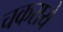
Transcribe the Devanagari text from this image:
चकराये